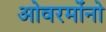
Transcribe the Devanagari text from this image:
ओवरमोंनो